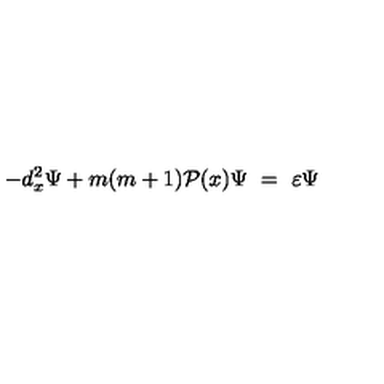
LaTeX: - d _ { x } ^ { 2 } \Psi + m ( m + 1 ) { \cal P } ( x ) \Psi \ = \ \varepsilon \Psi